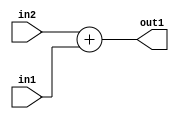
`timescale 1ps / 1ps
/*****************************************************************************
    Verilog RTL Description
    
    
    Created by: Stratus DpOpt 2019.1.01 
*******************************************************************************/

module SobelFilter_Add_19Ux17U_19U_4 (
	in2,
	in1,
	out1
	); /* architecture "behavioural" */ 
input [18:0] in2;
input [16:0] in1;
output [18:0] out1;
wire [18:0] asc001;

assign asc001 = 
	+(in2)
	+(in1);

assign out1 = asc001;
endmodule

/* CADENCE  ubH2Qws= : u9/ySgnWtBlWxVPRXgAZ4Og= ** DO NOT EDIT THIS LINE ******/